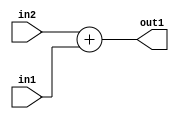
`timescale 1ps / 1ps
/*****************************************************************************
    Verilog RTL Description
    
    
    Created by: Stratus DpOpt 2019.1.01 
*******************************************************************************/

module SobelFilter_Add_19Ux17U_19U_4 (
	in2,
	in1,
	out1
	); /* architecture "behavioural" */ 
input [18:0] in2;
input [16:0] in1;
output [18:0] out1;
wire [18:0] asc001;

assign asc001 = 
	+(in2)
	+(in1);

assign out1 = asc001;
endmodule

/* CADENCE  ubH2Qws= : u9/ySgnWtBlWxVPRXgAZ4Og= ** DO NOT EDIT THIS LINE ******/